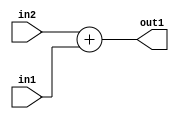
`timescale 1ps / 1ps
/*****************************************************************************
    Verilog RTL Description
    
    
    Created by: Stratus DpOpt 2019.1.01 
*******************************************************************************/

module SobelFilter_Add_19Ux17U_19U_4 (
	in2,
	in1,
	out1
	); /* architecture "behavioural" */ 
input [18:0] in2;
input [16:0] in1;
output [18:0] out1;
wire [18:0] asc001;

assign asc001 = 
	+(in2)
	+(in1);

assign out1 = asc001;
endmodule

/* CADENCE  ubH2Qws= : u9/ySgnWtBlWxVPRXgAZ4Og= ** DO NOT EDIT THIS LINE ******/